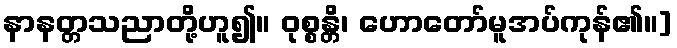
နာနတ္တသညာတို့ဟူ၍။ ဝုစ္စန္တိ၊ ဟောတော်မူအပ်ကုန်၏။]